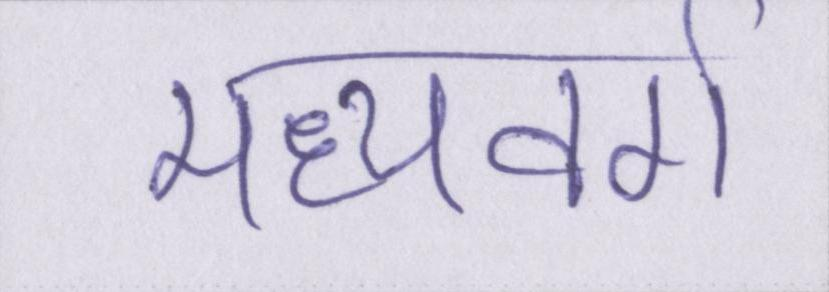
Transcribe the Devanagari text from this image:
मध्यवर्ग